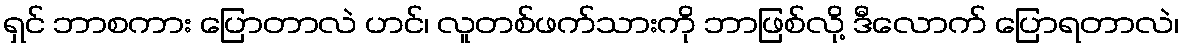
ရှင် ဘာစကား ပြောတာလဲ ဟင်၊ လူတစ်ဖက်သားကို ဘာဖြစ်လို့ ဒီလောက် ပြောရတာလဲ၊